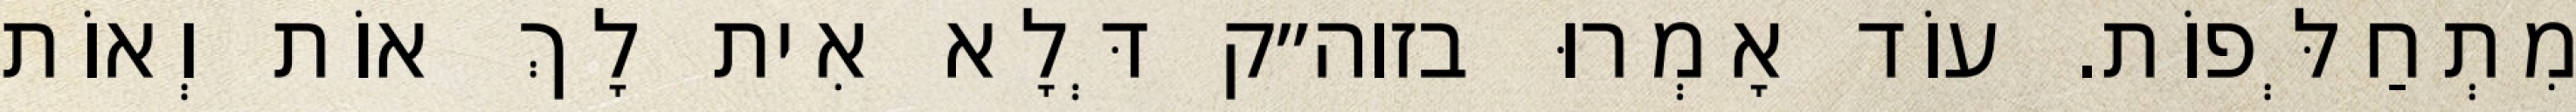
מִתְחַלְּפוֹת. עוֹד אָמְרוּ בזוה״ק דְּלָא אִית לָךְ אוֹת וְאוֹת